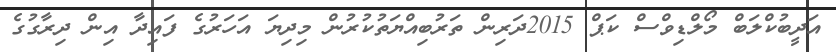
އަދީބުކްލަބް މޯލްޑިވްސް ކަޕް 2015ދަރިން ތަރުބިއްޔަތުކުރުން މިދިޔަ އަހަރުގެ ފައިދާ އިން ދިރާގުގެ